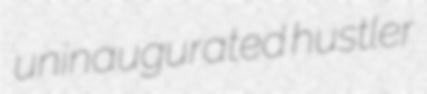
uninaugurated hustler